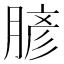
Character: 𦞎